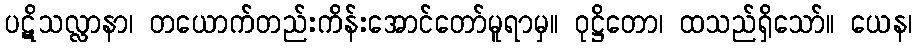
ပဋိသလ္လာနာ၊ တယောက်တည်းကိန်းအောင်တော်မူရာမှ။ ဝုဋ္ဌိတော၊ ထသည်ရှိသော်။ ယေန၊